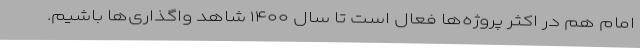
امام هم در اکثر پروژه‌ها فعال است تا سال ۱۴۰۰ شاهد واگذاری‌ها باشیم.